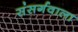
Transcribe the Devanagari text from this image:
संसर्गवाला